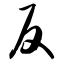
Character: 反